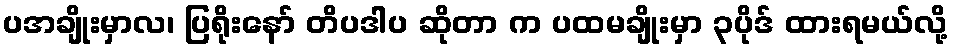
ပအချိုးမှာလ၊ ပြရိုးနော် တိပဒါပ ဆိုတာ က ပထမချိုးမှာ ၃ပိုဒ် ထားရမယ်လို့